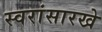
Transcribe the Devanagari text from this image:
स्वरांसारखे